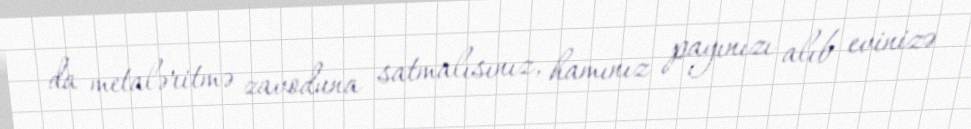
da metaləritmə zavoduna satmalısınız, hamınız payınızı alıb evinizə